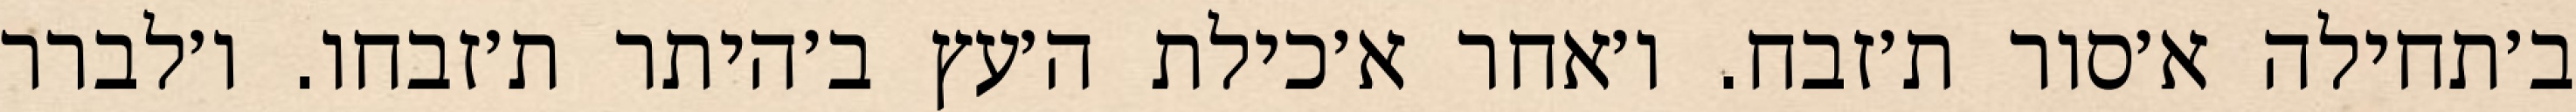
ב׳תחילה א׳סור ת׳זבח. ו׳אחר א׳כילת ה׳עץ ב׳היתר ת׳זבחו. ו׳לברר